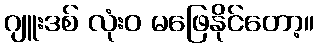
ဂျူးဒစ် လုံးဝ မဖြေနိုင်တော့။